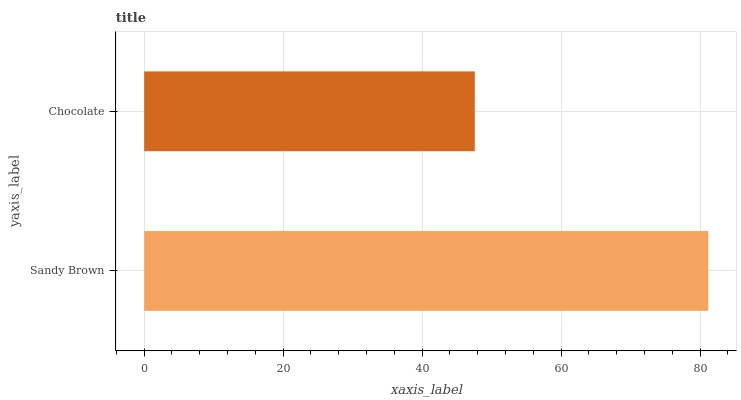
| yaxis_label | bars |
 | --- | --- |
 | Sandy Brown | 81.2 |
 | Chocolate | 47.6 |